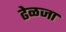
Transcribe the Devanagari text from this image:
ढेळजा